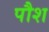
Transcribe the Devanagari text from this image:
पौश